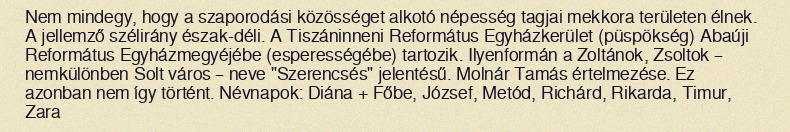
Nem mindegy, hogy a szaporodási közösséget alkotó népesség tagjai mekkora területen élnek. A jellemző szélirány észak-déli. A Tiszáninneni Református Egyházkerület (püspökség) Abaúji Református Egyházmegyéjébe (esperességébe) tartozik. Ilyenformán a Zoltánok, Zsoltok – nemkülönben Solt város – neve "Szerencsés" jelentésű. Molnár Tamás értelmezése. Ez azonban nem így történt. Névnapok: Diána + Főbe, József, Metód, Richárd, Rikarda, Timur, Zara